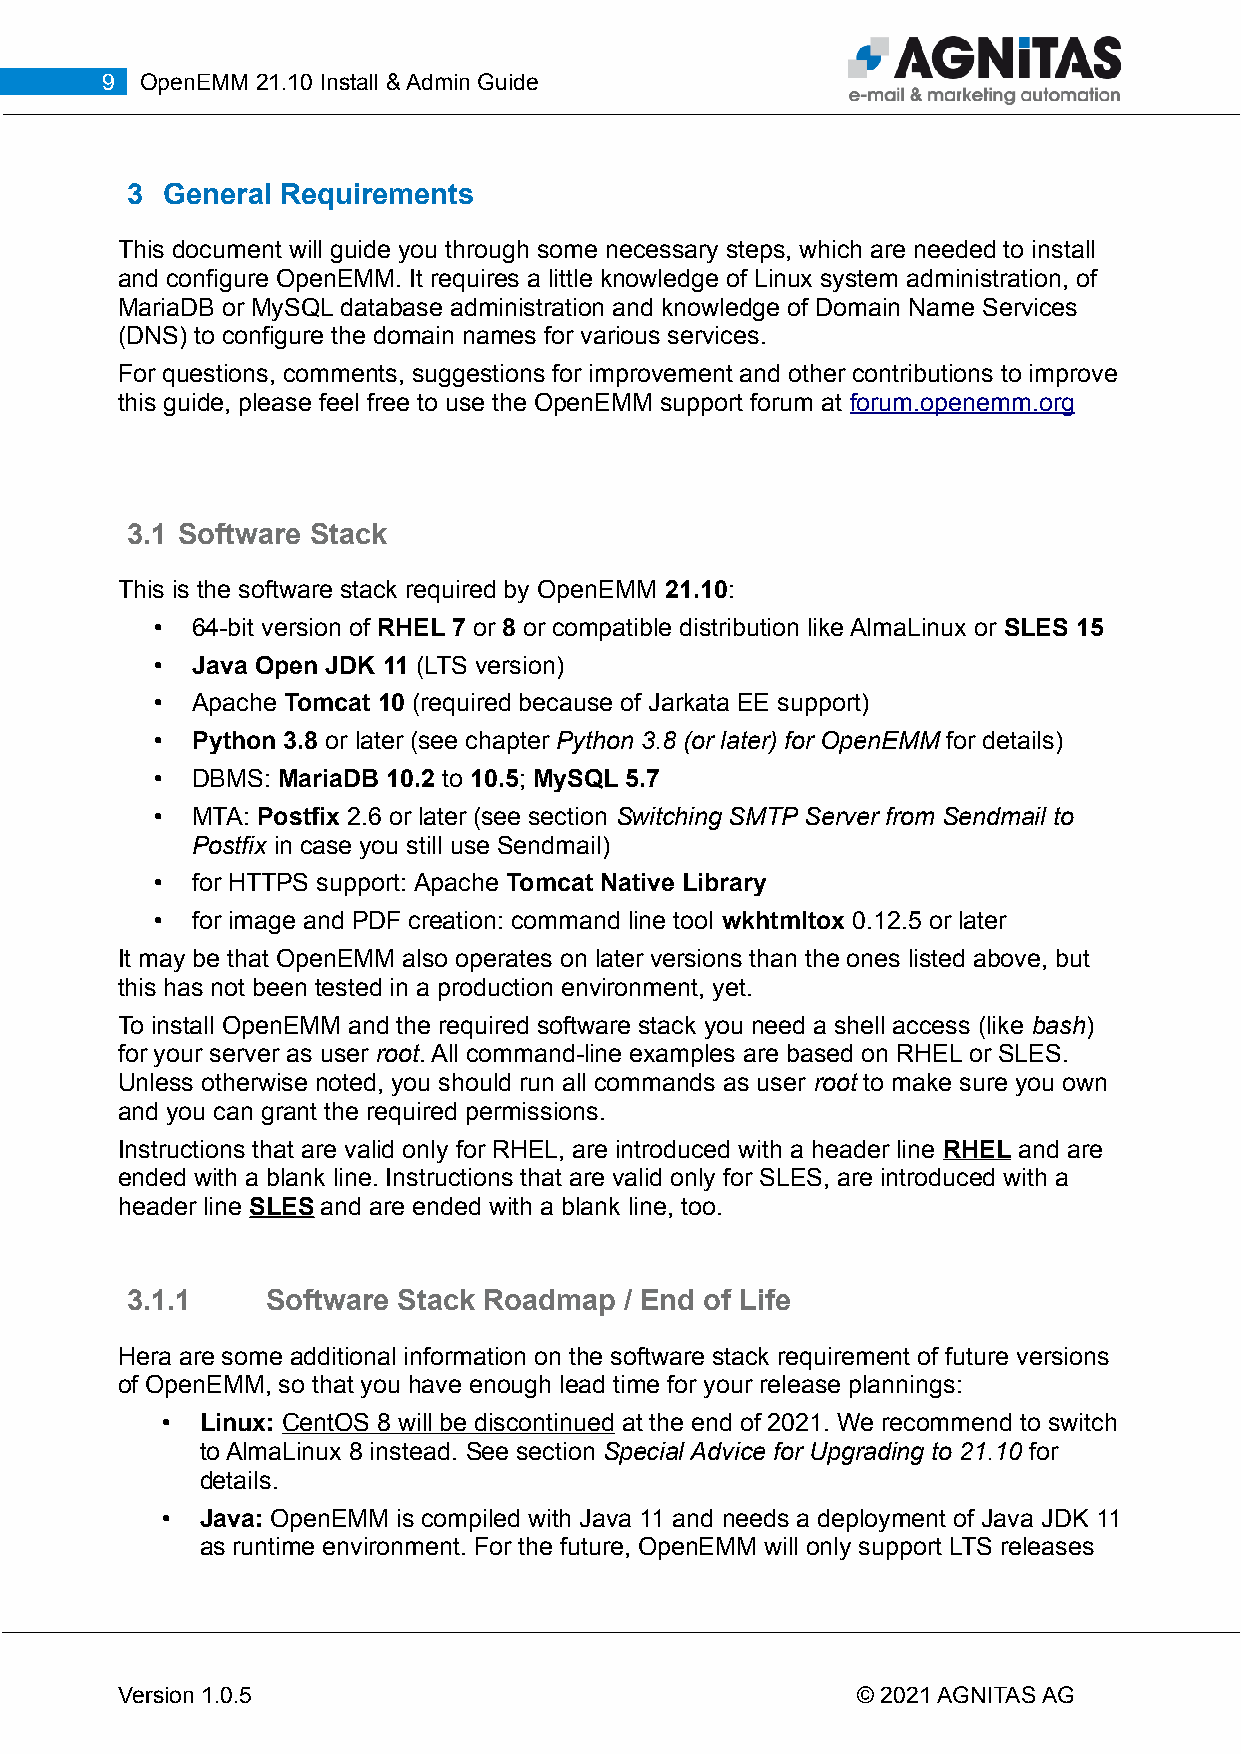
9 OpenEMM 21.10 Install & Admin Guide
 3  General Requirements
 This document will guide you through some necessary steps, which are needed to install
 and configure OpenEMM. It requires a little knowledge of Linux system administration, of
 MariaDB or MySQL database administration and knowledge of Domain Name Services
 (DNS) to configure the domain names for various services.
 For questions, comments, suggestions for improvement and other contributions to improve
 this guide, please feel free to use the OpenEMM support forum at forum.openemm.org
 3.1 Software Stack
 This is the software stack required by OpenEMM 21.10:
 •  64-bit version of RHEL 7 or 8 or compatible distribution like AlmaLinux or SLES 15
 •  Java Open JDK 11 (LTS version)
 •  Apache Tomcat 10 (required because of Jarkata EE support)
 •  Python 3.8 or later (see chapter Python 3.8 (or later) for OpenEMM for details)
 •  DBMS: MariaDB 10.2 to 10.5; MySQL 5.7
 •  MTA: Postfix 2.6 or later (see section Switching SMTP Server from Sendmail to
 Postfix in case you still use Sendmail)
 •  for HTTPS support: Apache Tomcat Native Library
 •  for image and PDF creation: command line tool wkhtmltox 0.12.5 or later
 It may be that OpenEMM also operates on later versions than the ones listed above, but
 this has not been tested in a production environment, yet.
 To install OpenEMM and the required software stack you need a shell access (like bash)
 for your server as user root. All command-line examples are based on RHEL or SLES.
 Unless otherwise noted, you should run all commands as user root to make sure you own
 and you can grant the required permissions.
 Instructions that are valid only for RHEL, are introduced with a header line RHEL and are
 ended with a blank line. Instructions that are valid only for SLES, are introduced with a
 header line SLES and are ended with a blank line, too.
 3.1.1     Software Stack Roadmap / End of Life
 Hera are some additional information on the software stack requirement of future versions
 of OpenEMM, so that you have enough lead time for your release plannings:
 • Linux: CentOS 8 will be discontinued at the end of 2021. We recommend to switch
 to AlmaLinux 8 instead. See section Special Advice for Upgrading to 21.10 for
 details.
 • Java: OpenEMM is compiled with Java 11 and needs a deployment of Java JDK 11
 as runtime environment. For the future, OpenEMM will only support LTS releases
 Version 1.0.5                                    © 2021 AGNITAS AG